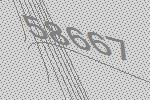
58667